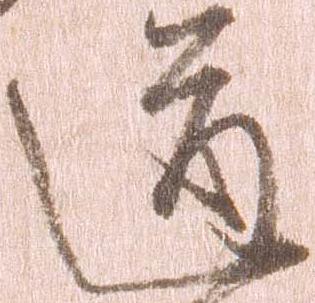
道